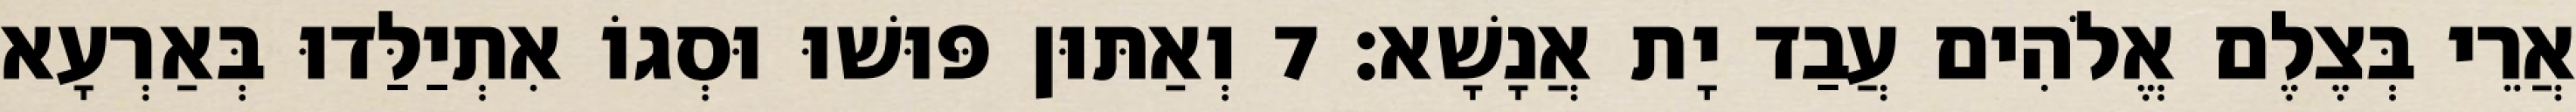
אֲרֵי בְּצֶלֶם אֱלֹהִים עֲבַד יָת אֲנָשָׁא׃ 7 וְאַתּוּן פּוּשׁוּ וּסְגוֹ אִתְיַלַּדוּ בְּאַרְעָא